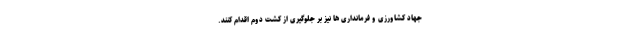
جهاد کشاورزی و فرمانداری ها نیز بر جلوگیری از کشت دوم اقدام کنند.